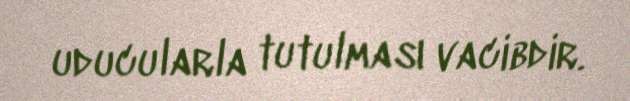
uducularla tutulması vacibdir.